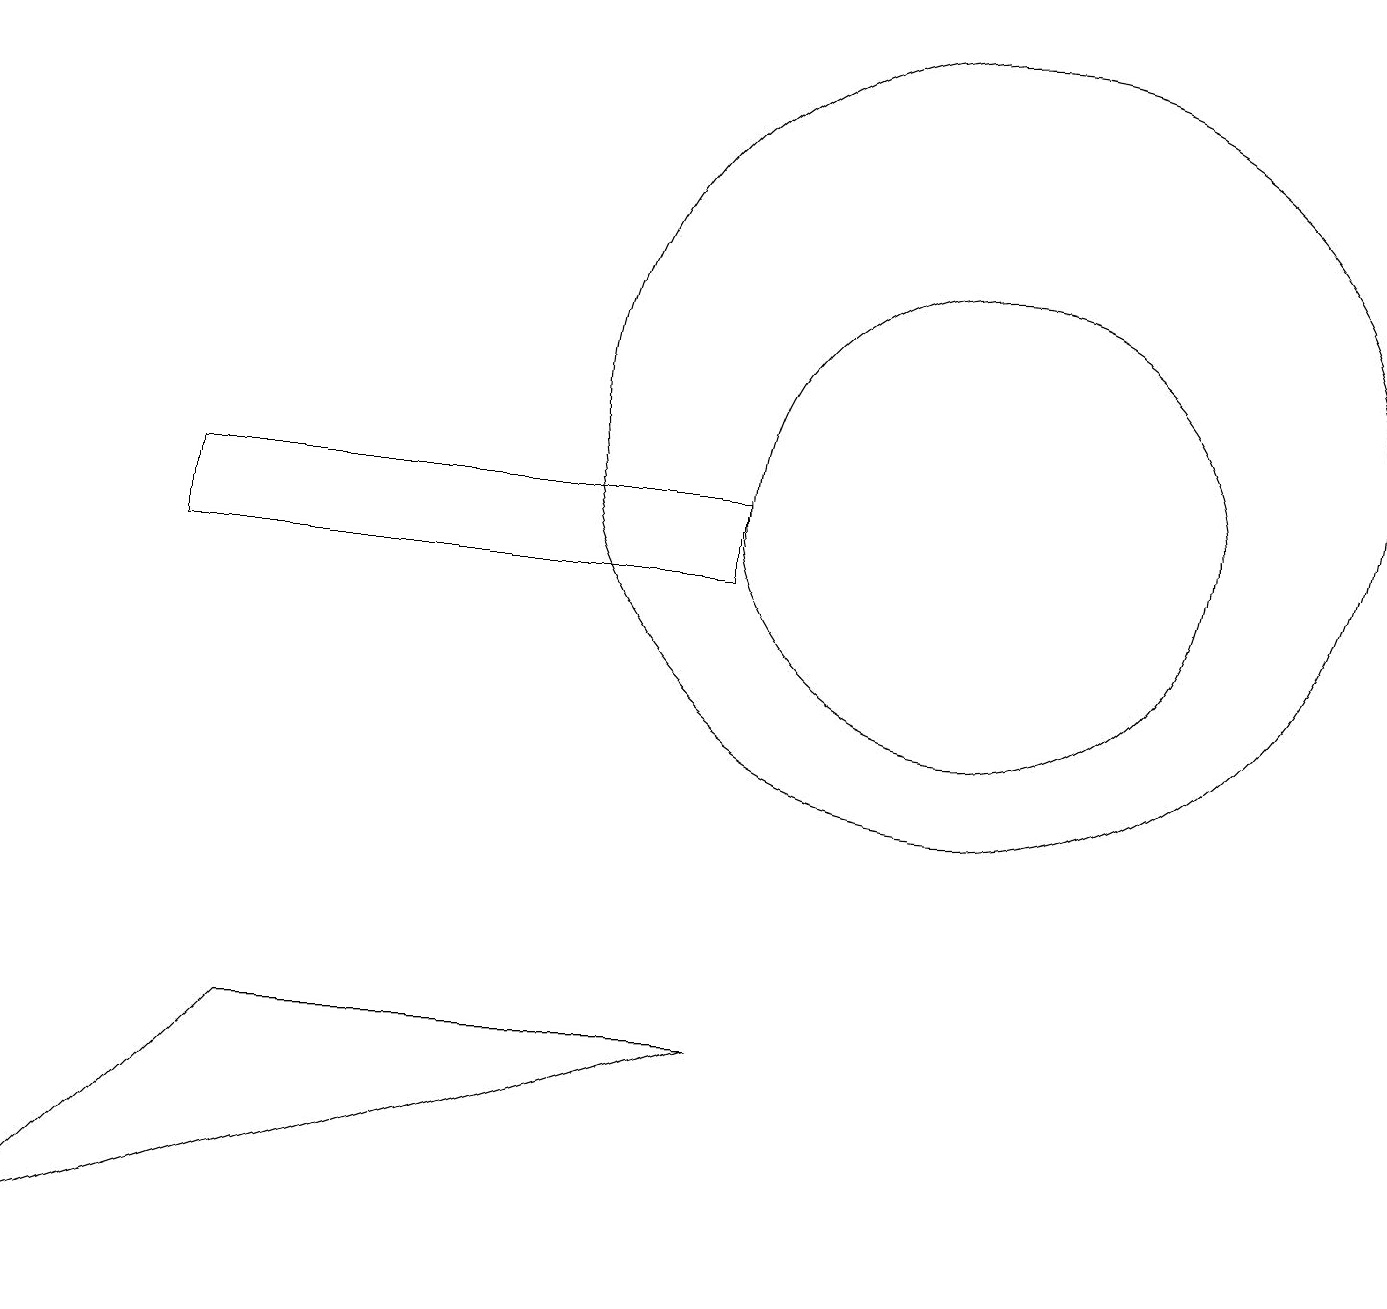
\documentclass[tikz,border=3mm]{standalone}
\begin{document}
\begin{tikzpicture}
\draw (9,4) -- (3,4) -- (0,1) -- cycle;
\draw (12,11) circle (3);
\draw (2,10) rectangle (9,11);
\draw (12,12) circle (5);
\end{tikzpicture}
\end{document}